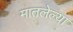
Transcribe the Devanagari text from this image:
मातलेल्या